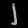
Digit: ၂